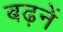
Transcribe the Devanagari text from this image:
बढ़नें